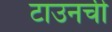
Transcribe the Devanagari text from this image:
टाउनची